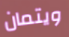
ويتمان